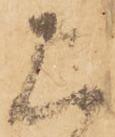
上